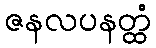
ဇနလပနတ္ထံ